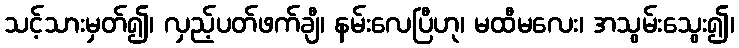
သင့်သားမှတ်၍၊ လှည့်ပတ်ဖက်ချီ၊ နမ်းလေပြီဟု၊ မထီမလေး၊ အသွမ်းသွေး၍၊